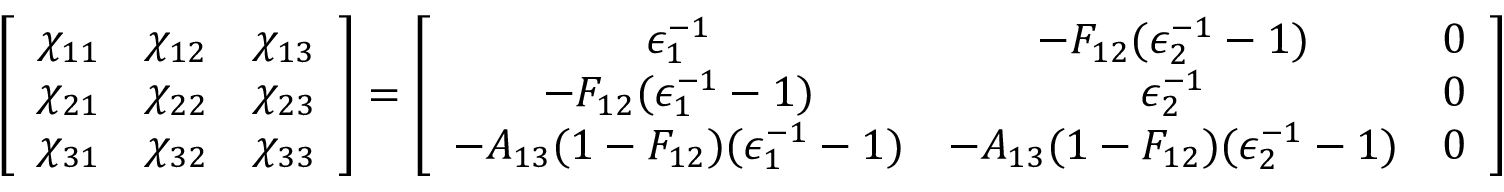
\left[ \begin{array} { c c c } { \chi _ { 1 1 } } & { \chi _ { 1 2 } } & { \chi _ { 1 3 } } \\ { \chi _ { 2 1 } } & { \chi _ { 2 2 } } & { \chi _ { 2 3 } } \\ { \chi _ { 3 1 } } & { \chi _ { 3 2 } } & { \chi _ { 3 3 } } \end{array} \right] = \left[ \begin{array} { c c c } { \epsilon _ { 1 } ^ { - 1 } } & { - F _ { 1 2 } ( \epsilon _ { 2 } ^ { - 1 } - 1 ) } & { 0 } \\ { - F _ { 1 2 } ( \epsilon _ { 1 } ^ { - 1 } - 1 ) } & { \epsilon _ { 2 } ^ { - 1 } } & { 0 } \\ { - A _ { 1 3 } ( 1 - F _ { 1 2 } ) ( \epsilon _ { 1 } ^ { - 1 } - 1 ) } & { - A _ { 1 3 } ( 1 - F _ { 1 2 } ) ( \epsilon _ { 2 } ^ { - 1 } - 1 ) } & { 0 } \end{array} \right] { , }